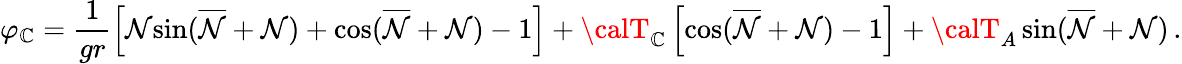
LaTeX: \varphi_{\mathbb{C}}=\frac{{1}}{{gr}}\left[{\cal{N}}{\sin}(\overline{{{{\cal{N}}}}}+{\cal{N}})+{\cos}(\overline{{{{\cal{N}}}}}+{\cal{N}})-1\right]+{\calT}_{\mathbb{C}}\left[{\cos}(\overline{{{{\cal{N}}}}}+{\cal{N}})-1\right]+{\calT}_{A}\, {\sin}(\overline{{{{\cal{N}}}}}+{\cal{N}})\, .